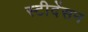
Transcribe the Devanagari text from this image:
स्टीदेंसन